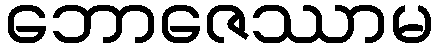
ဘောဇေဿာမ